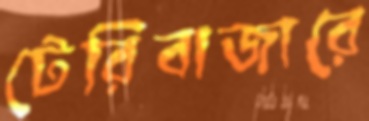
টেরিবাজারে